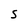
Character: S